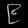
Digit: ၉